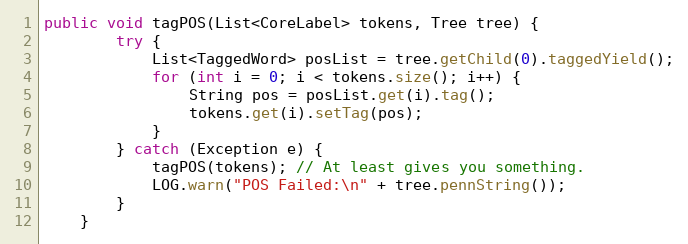
Language: Java
public void tagPOS(List<CoreLabel> tokens, Tree tree) {
        try {
            List<TaggedWord> posList = tree.getChild(0).taggedYield();
            for (int i = 0; i < tokens.size(); i++) {
                String pos = posList.get(i).tag();
                tokens.get(i).setTag(pos);
            }
        } catch (Exception e) {
            tagPOS(tokens); // At least gives you something.
            LOG.warn("POS Failed:\n" + tree.pennString());
        }
    }